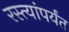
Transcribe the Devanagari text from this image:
रस्त्यांपर्यंत